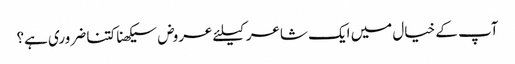
آپ کے خیال میں ایک شاعر کیلئے عروض سیکھنا کتنا ضروری ہے؟